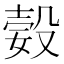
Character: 㜌